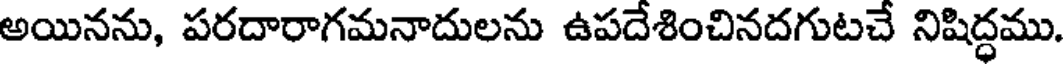
అయినను, పరదారాగమనాదులను ఉపదేశించినదగుటచే నిషిద్ధము.